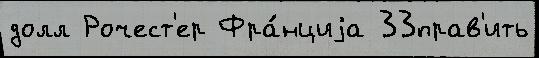
долл Рочест'ер Фра́нциjа 33прав'ить